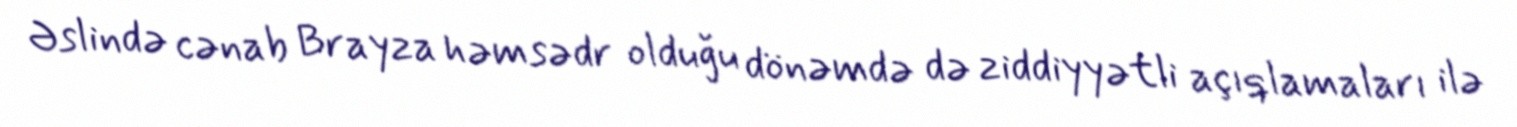
Əslində cənab Brayza həmsədr olduğu dönəmdə də ziddiyyətli açıqlamaları ilə